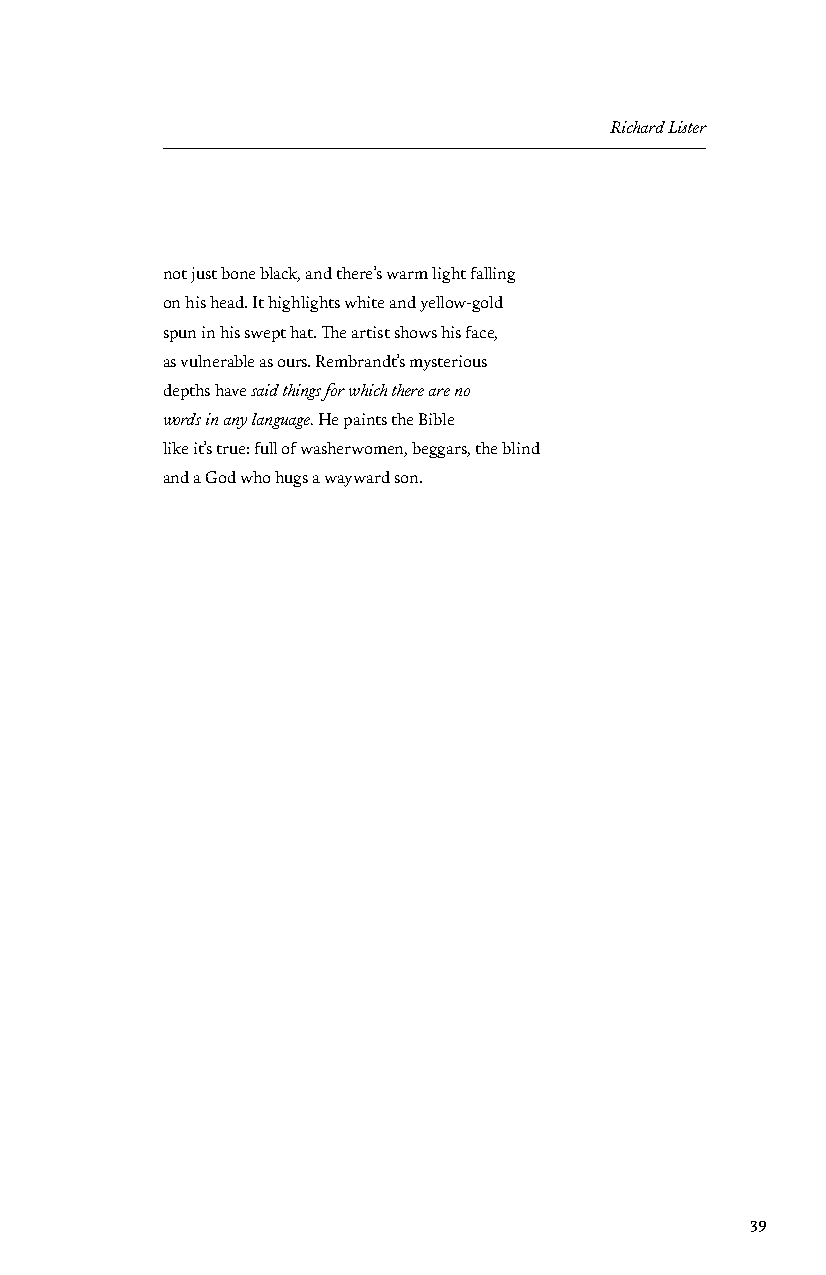
Richard Lister
 not just bone black, and there’s warm light falling
 on his head. It highlights white and yellow-gold
 spun in his swept hat. The artist shows his face,
 as vulnerable as ours. Rembrandt’s mysterious
 depths have said things for which there are no
 words in any language. He paints the Bible
 like it’s true: full of washerwomen, beggars, the blind
 and a God who hugs a wayward son.
 39